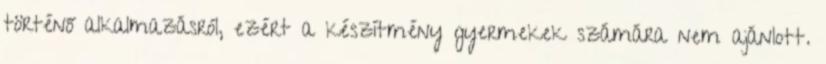
történő alkalmazásról, ezért a készítmény gyermekek számára nem ajánlott.